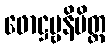
ဖောဋ္ဌဗ္ဗနိမိတ္တ